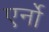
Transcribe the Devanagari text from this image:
एर्नो